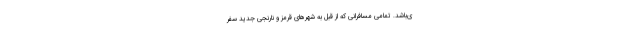
ی‌باشد. تمامی مسافرانی که از قبل به شهر‌های قرمز و نارنجی جدید سفر